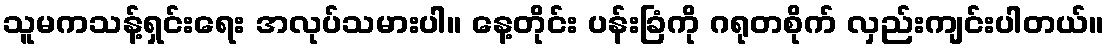
သူမကသန့်ရှင်းရေး အလုပ်သမားပါ။ နေ့တိုင်း ပန်းခြံကို ဂရုတစိုက် လှည်းကျင်းပါတယ်။